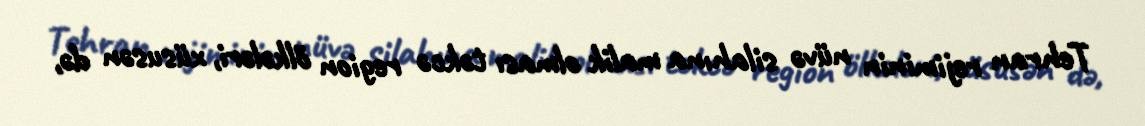
Tehran rejiminin nüvə silahına malik olması təkcə region ölkələri, xüsusən də,